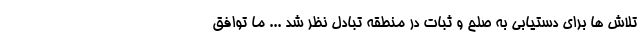
تلاش ها برای دستیابی به صلح و ثبات در منطقه تبادل نظر شد ... ما توافق